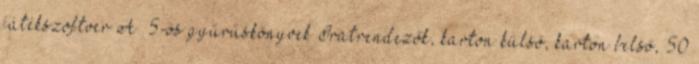
játékszoftver A 5-ös gyűrűskönyvek Iratrendezők, karton külső, karton belső, 50